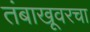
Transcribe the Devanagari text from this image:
तंबाखूवरचा